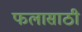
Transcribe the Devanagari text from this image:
फलासाठी